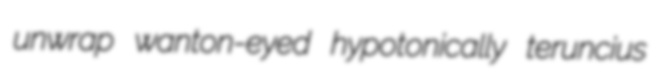
unwrap wanton-eyed hypotonically teruncius